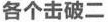
各个击破二